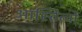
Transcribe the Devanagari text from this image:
आस्तित्वों